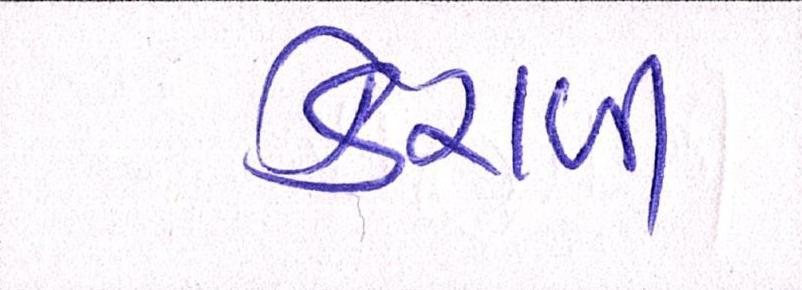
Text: કેરાળી